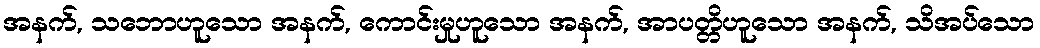
အနက်, သဘောဟူသော အနက်, ကောင်းမှုဟူသော အနက်, အာပတ္တိဟူသော အနက်, သိအပ်သော